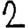
Digit: 2